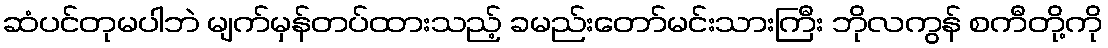
ဆံပင်တုမပါဘဲ မျက်မှန်တပ်ထားသည့် ခမည်းတော်မင်းသားကြီး ဘိုလကွန် စကီတို့ကို